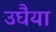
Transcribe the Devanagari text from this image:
उघैया